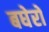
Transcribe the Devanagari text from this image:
बघेरों